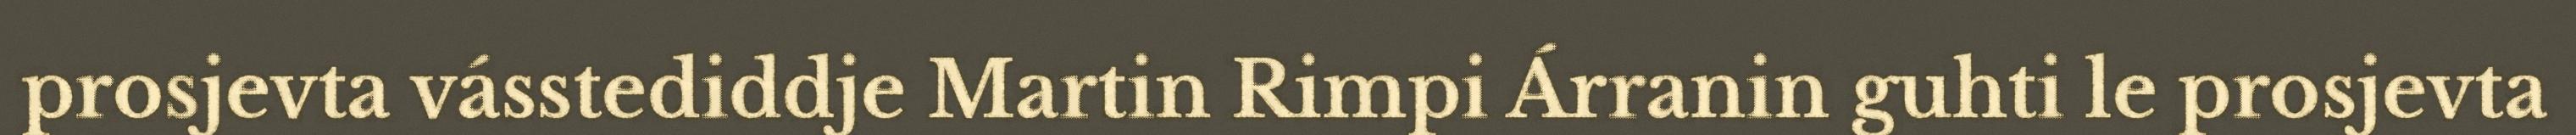
prosjevta vásstediddje Martin Rimpi Árranin guhti le prosjevta